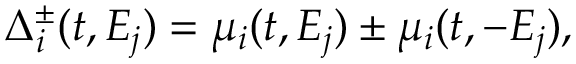
\Delta _ { i } ^ { \pm } ( t , E _ { j } ) = \mu _ { i } ( t , E _ { j } ) \pm \mu _ { i } ( t , - E _ { j } ) ,